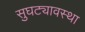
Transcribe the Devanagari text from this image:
सुघट्यावस्था